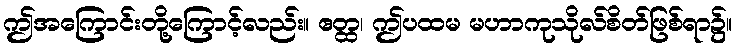
ဤအကြောင်းတို့ကြောင့်လည်း။ ဧတ္ထ၊ ဤပထမ မဟာကုသိုလ်စိတ်ဖြစ်ရာ၌။